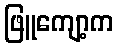
ဖြူကျော့က